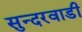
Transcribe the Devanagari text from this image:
सुन्दरवाडी